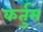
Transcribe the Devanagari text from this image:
कर्तुम्